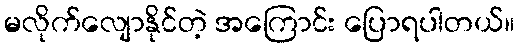
မလိုက်လျောနိုင်တဲ့ အကြောင်း ပြောရပါတယ်။